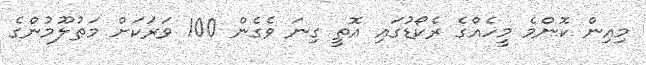
މިއިން ކޮންމެ މީހެއްގެ ރެކޯޑުގައި އޮތީ ގިނަ ވެގެން 100 ވަރަކަށް މަޠުލޫމުންގެ